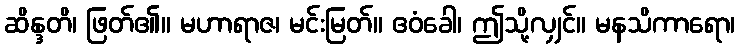
ဆိန္ဒတိ၊ ဖြတ်၏။ မဟာရာဇ၊ မင်းမြတ်။ ဧဝံခေါ၊ ဤသို့လျှင်။ မနသိကာရော၊